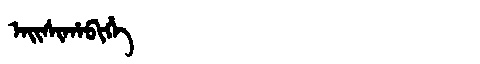
Manchu: ᠠᡳᠰᡳᡥᠠᠪᡳᡥᡝ
Romanization: AISIHABIHE